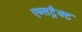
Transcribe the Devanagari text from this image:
एब्सट्रैक्ट